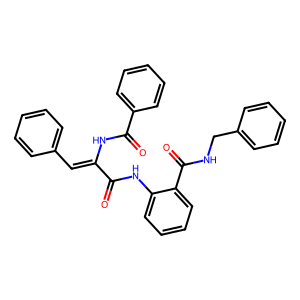
SMILES: O=C(Nc1ccccc1C(=O)NCc1ccccc1)C(=Cc1ccccc1)NC(=O)c1ccccc1
Inhibits HIV replication: No